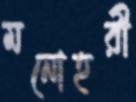
মনোহরী